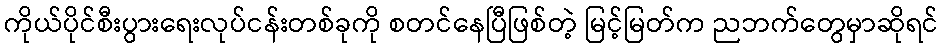
ကိုယ်ပိုင်စီးပွားရေးလုပ်ငန်းတစ်ခုကို စတင်နေပြီဖြစ်တဲ့ မြင့်မြတ်က ညဘက်တွေမှာဆိုရင်